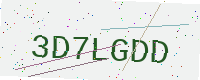
Text: 3D7LGDD